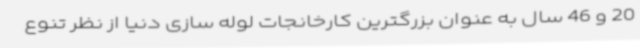
20 و 46 سال به عنوان بزرگترین کارخانجات لوله سازی دنیا از نظر تنوع